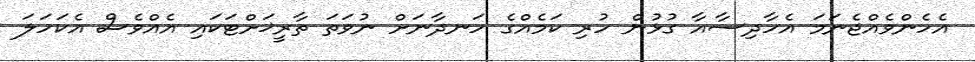
އެހެންވެއްޖެނަމަ އެހާދިސާއާ ގުޅުން ހުރި ކަމެއްގެ ހަނދާނަށް ނުވަތަ ތާރީޚަށްޓަކައި އެއްވެސް އެކަހަލަ